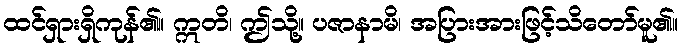
ထင်ရှားရှိကုန်၏။ ဣတိ၊ ဤသို့။ ပဇာနာမိ၊ အပြားအားဖြင့်သိတော်မူ၏။